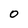
Character: O